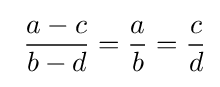
\ {\dfrac {a-c}{b-d}}={\frac {a}{b}}={\frac {c}{d}}